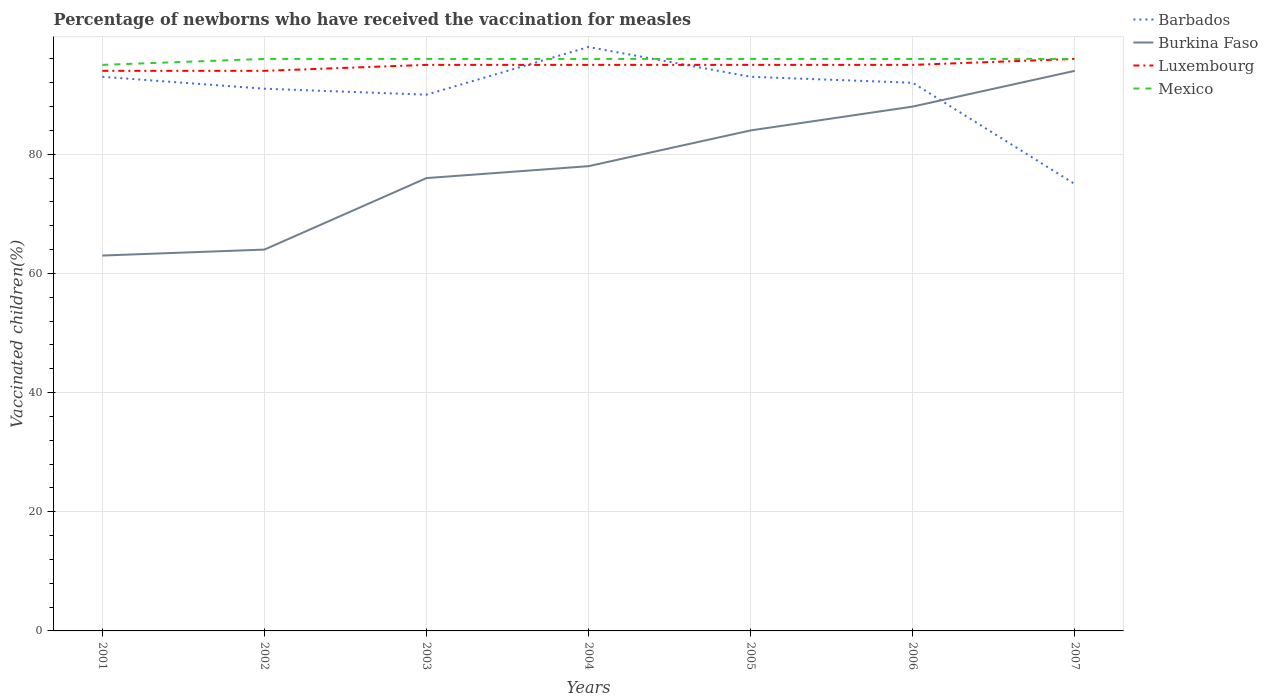
| Years | Barbados | Burkina Faso | Luxembourg | Mexico |
 | --- | --- | --- | --- | --- |
 | 2001 | 93 | 63 | 94 | 95 |
 | 2002 | 91 | 64 | 94 | 96 |
 | 2003 | 90 | 76 | 95 | 96 |
 | 2004 | 98 | 78 | 95 | 96 |
 | 2005 | 93 | 84 | 95 | 96 |
 | 2006 | 92 | 88 | 95 | 96 |
 | 2007 | 75 | 94 | 96 | 96 |